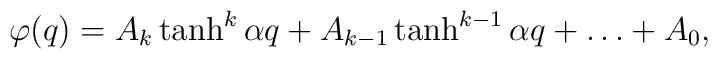
\varphi(q) = A_k \tanh^k{\alpha q} + A_{k-1} \tanh^{k-1}{\alpha q} +\ldots + A_0,